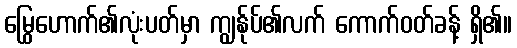
မြွေဟောက်၏လုံးပတ်မှာ ကျွန်ုပ်၏လက် ကောက်ဝတ်ခန့် ရှိ၏။